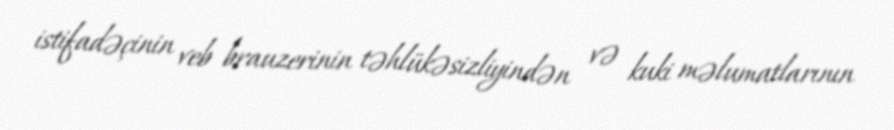
istifadəçinin veb brauzerinin təhlükəsizliyindən və kuki məlumatlarının